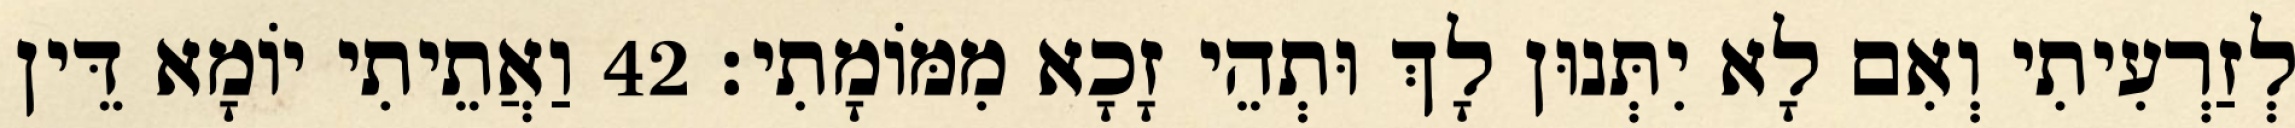
לְזַרְעִיתִי וְאִם לָא יִתְּנוּן לָךְ וּתְהֵי זָכָא מִמּוֹמָתִי׃ 42 וַאֲתֵיתִי יוֹמָא דֵּין